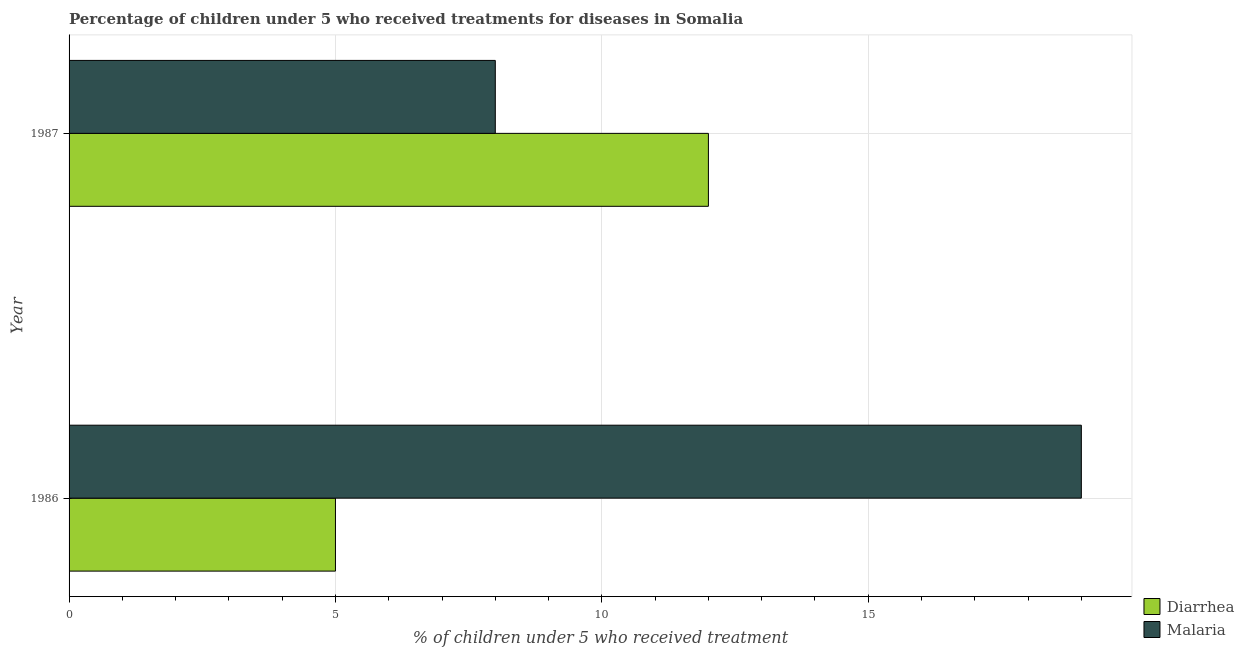
| Year | Diarrhea | Malaria |
 | --- | --- | --- |
 | 1986 | 5 | 19 |
 | 1987 | 12 | 8 |